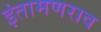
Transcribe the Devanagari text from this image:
इंतामणराव